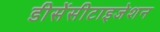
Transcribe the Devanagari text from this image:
डीसेंसीटाइजेशन